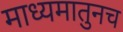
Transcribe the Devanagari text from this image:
माध्यमातुनच